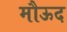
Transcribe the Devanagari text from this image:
मौऊद